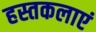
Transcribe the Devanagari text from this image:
हस्तकलाएं